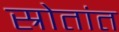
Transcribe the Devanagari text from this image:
स्रोतांत